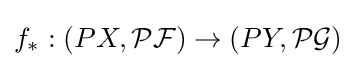
f_{*}:(PX,{\mathcal {PF}})\to (PY,{\mathcal {PG}})